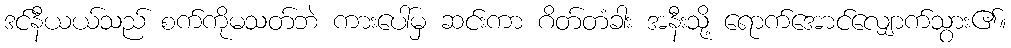
ဒင်နီယယ်သည် စက်ကိုမသတ်ဘဲ ကားပေါ်မှ ဆင်းကာ ဂိတ်တံခါး အနီးသို့ ရောက်အောင်လျှောက်သွား၏။